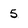
Character: 5